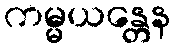
ကမ္မယန္တေန